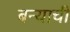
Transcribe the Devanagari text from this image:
बन्याची